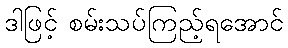
ဒါဖြင့် စမ်းသပ်ကြည့်ရအောင်